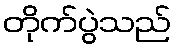
တိုက်ပွဲသည်